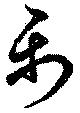
禹